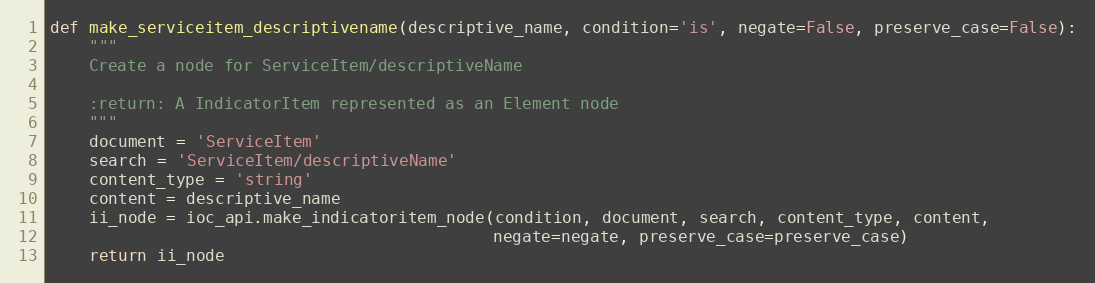
Language: Python
def make_serviceitem_descriptivename(descriptive_name, condition='is', negate=False, preserve_case=False):
    """
    Create a node for ServiceItem/descriptiveName

    :return: A IndicatorItem represented as an Element node
    """
    document = 'ServiceItem'
    search = 'ServiceItem/descriptiveName'
    content_type = 'string'
    content = descriptive_name
    ii_node = ioc_api.make_indicatoritem_node(condition, document, search, content_type, content,
                                              negate=negate, preserve_case=preserve_case)
    return ii_node